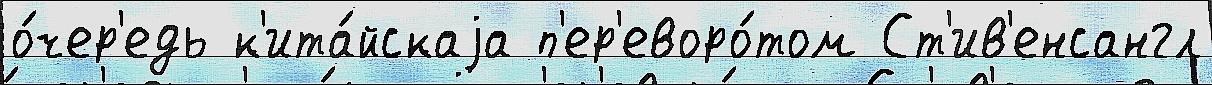
о́чер'едь к'ита́йскаjа п'ер'еворо́том Ст'ив'енсангл